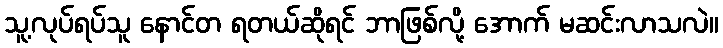
သူ့လုပ်ရပ်သူ နောင်တ ရတယ်ဆိုရင် ဘာဖြစ်လို့ အောက် မဆင်းလာသလဲ။